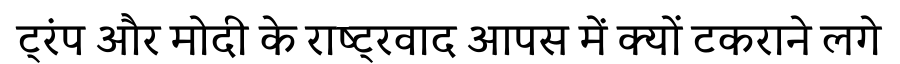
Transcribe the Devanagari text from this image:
ट्रंप और मोदी के राष्ट्रवाद आपस में क्यों टकराने लगे